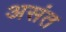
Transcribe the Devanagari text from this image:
असंत